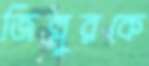
জিল্লুরকে